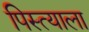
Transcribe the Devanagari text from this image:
पिस्त्याला